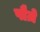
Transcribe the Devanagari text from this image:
पौज़े